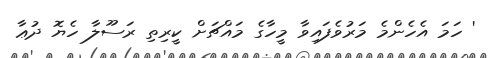
' ހަމަ އެހެންމެ މަރުވެފައިވާ މީހާގެ މައްޗަށް ކީރިތި ރަސޫލާ ހެޔޮ ދުޢާ